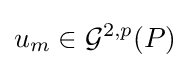
u_{m}\in {\mathcal {G}}^{2,p}(P)